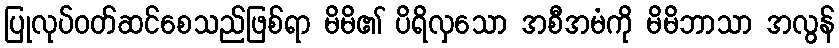
ပြုလုပ်ဝတ်ဆင်စေသည်ဖြစ်ရာ မိမိ၏ ပိရိလှသော အစီအမံကို မိမိဘာသာ အလွန်